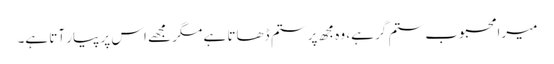
میرا محبوب ستم گر ہے، وہ مجھ پر ستم ڈھاتا ہے مگر مجھے اس پر پیار آتا ہے۔